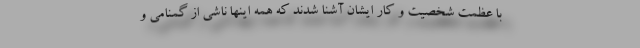
با عظمت شخصیت و کار ایشان آشنا شدند که همه اینها ناشی از گمنامی و